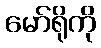
မော်ရိုကို